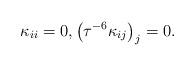
LaTeX: \begin{align*}\kappa _{ii}=0,\left( \tau ^{-6}\kappa _{ij}\right) _{j}=0.\end{align*}